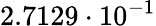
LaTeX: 2.7129\cdot 10^{-1}